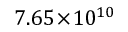
7 . 6 5 \! \times \! 1 0 ^ { 1 0 }